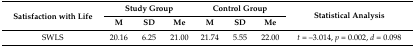
| <ROWSPAN=2> Satisfaction with Life | <COLSPAN=3> Study Group | <COLSPAN=3> Control Group | <ROWSPAN=2> Statistical Analysis |
 | M | SD | Me | M | SD | Me |
 | --- | --- | --- | --- | --- | --- | --- | --- |
 | SWLS | 20.16 | 6.25 | 21.00 | 21.74 | 5.55 | 22.00 | t = –3.014, p = 0.002, d = 0.098 |